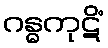
ဂန္ဓကုဋိံ